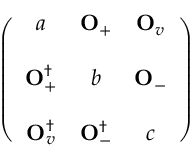
\left( \begin{array} { c c c } { { a } } & { { { \bf O } _ { + } } } & { { { \bf O } _ { v } } } \\ { { } } & { { } } & { { } } \\ { { { \bf O } _ { + } ^ { \dagger } } } & { { b } } & { { { \bf O } _ { - } } } \\ { { } } & { { } } & { { } } \\ { { { \bf O } _ { v } ^ { \dagger } } } & { { { \bf O } _ { - } ^ { \dagger } } } & { { c } } \end{array} \right)